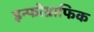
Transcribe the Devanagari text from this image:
इन्फोग्राफिक